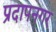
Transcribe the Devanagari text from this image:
प्रदापनगर